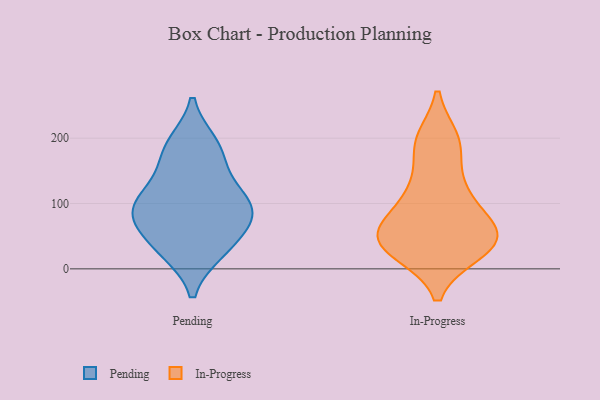
{"axis": {"x": "Production Output", "y": "Value"}, "legend": ["In-Progress", "Pending"], "data": [{"x": "", "y": 27, "type": "Pending"}, {"x": "", "y": 69, "type": "Pending"}, {"x": "", "y": 140, "type": "Pending"}, {"x": "", "y": 30, "type": "Pending"}, {"x": "", "y": 75, "type": "Pending"}, {"x": "", "y": 107, "type": "Pending"}, {"x": "", "y": 99, "type": "Pending"}, {"x": "", "y": 191, "type": "Pending"}, {"x": "", "y": 90, "type": "Pending"}, {"x": "", "y": 181, "type": "Pending"}, {"x": "", "y": 49, "type": "In-Progress"}, {"x": "", "y": 27, "type": "In-Progress"}, {"x": "", "y": 197, "type": "In-Progress"}, {"x": "", "y": 124, "type": "In-Progress"}, {"x": "", "y": 189, "type": "In-Progress"}, {"x": "", "y": 26, "type": "In-Progress"}, {"x": "", "y": 55, "type": "In-Progress"}, {"x": "", "y": 64, "type": "In-Progress"}, {"x": "", "y": 50, "type": "In-Progress"}, {"x": "", "y": 107, "type": "In-Progress"}]}